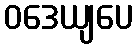
ဝဒေယျပေ